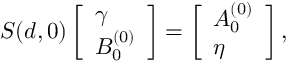
S ( d , 0 ) \left[ \begin{array} { l } { \gamma } \\ { B _ { 0 } ^ { ( 0 ) } } \end{array} \right] = \left[ \begin{array} { l } { A _ { 0 } ^ { ( 0 ) } } \\ { \eta } \end{array} \right] ,